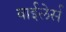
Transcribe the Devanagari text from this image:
वाईलेर्स